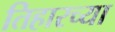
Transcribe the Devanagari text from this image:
तिहारच्या